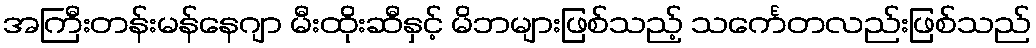
အကြီးတန်းမန်နေဂျာ မီးထိုးဆီနှင့် မိဘများဖြစ်သည့် သင်္ကေတလည်းဖြစ်သည်